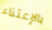
بالإعتناء